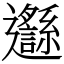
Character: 邎